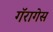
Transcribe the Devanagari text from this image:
गॅरागेस